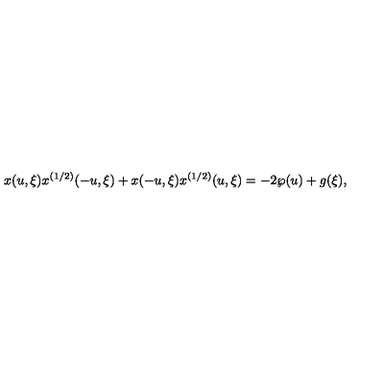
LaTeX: x ( u , \xi ) x ^ { ( 1 / 2 ) } ( - u , \xi ) + x ( - u , \xi ) x ^ { ( 1 / 2 ) } ( u , \xi ) = - 2 \wp ( u ) + g ( \xi ) ,